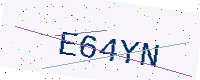
Text: E64YN